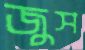
জুস